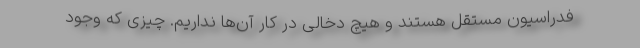
فدراسیون مستقل هستند و هیچ دخالی در کار آن‌ها نداریم. چیزی که وجود